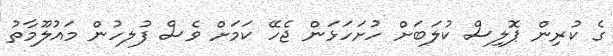
ގެ ކުރިން ޕޮލިސް ކުލަބަށް ހުށަހަޅަން ޖެހޭ ކަމަށް ވެސް ފުލހުން މައުލޫމާތު